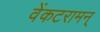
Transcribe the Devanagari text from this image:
वेंकटरामन्